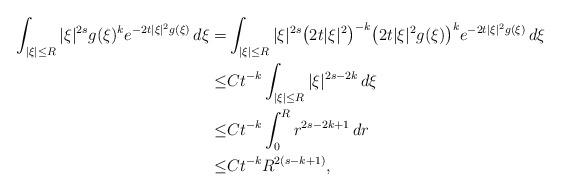
LaTeX: \begin{align*}\int_{|\xi|\leq R}{|\xi|^{2s}g(\xi)^{k}e^{-2t|\xi|^{2}g(\xi)}\,d\xi} =&\int_{|\xi|\leq R}{|\xi|^{2s}\big(2t|\xi|^{2}\big)^{-k}\big(2t|\xi|^{2}g(\xi)\big)^{k}e^{-2t|\xi|^{2}g(\xi)}\,d\xi}\\ \leq&Ct^{-k}\int_{|\xi|\leq R}{|\xi|^{2s-2k} \,d\xi}\\ \leq&Ct^{-k}\int_{0}^{R}{r^{2s-2k+1} \,dr}\\ \leq&Ct^{-k}R^{2(s-k+1)},\end{align*}